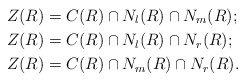
\begin{align*}Z(R) &= C(R) \cap N_l(R) \cap N_m(R); \\Z(R) &= C(R) \cap N_l(R) \cap N_r(R); \\Z(R) &= C(R) \cap N_m(R) \cap N_r(R). \end{align*}